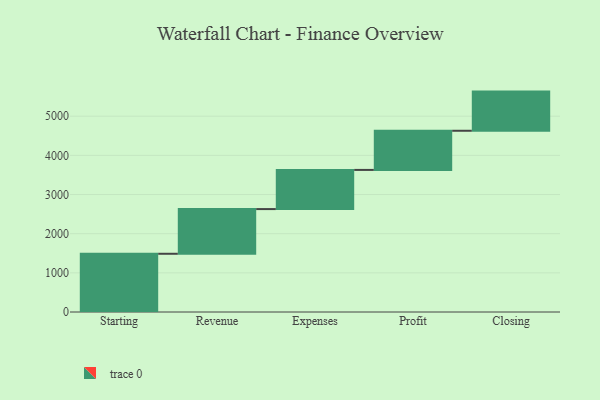
{"axis": {"x": "Step", "y": "Value"}, "legend": [""], "data": [{"x": "Starting", "y": 1487.0, "type": ""}, {"x": "Revenue", "y": 1141.0, "type": ""}, {"x": "Expenses", "y": 1000, "type": ""}, {"x": "Profit", "y": 1000, "type": ""}, {"x": "Closing", "y": 1000, "type": ""}]}